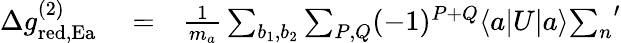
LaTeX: \begin{array}{rlr}{\Delta g_{\mathrm{red,Ea}}^{(2)}}&{{}=}&{\frac{1}{m_{a}}\sum_{b_{1},b_{2}}\sum_{P,Q}(-1)^{P+Q}\langle a|U|a\rangle{\sum_{n}}^{\prime}}\end{array}